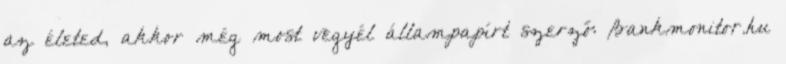
az életed, akkor még most vegyél állampapírt szerző: Bankmonitor.hu